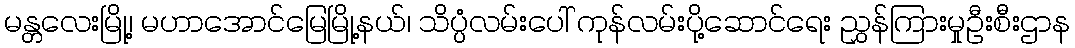
မန္တလေးမြို့၊ မဟာအောင်မြေမြို့နယ်၊ သိပ္ပံလမ်းပေါ် ကုန်လမ်းပို့ဆောင်ရေး ညွှန်ကြားမှုဦးစီးဌာန